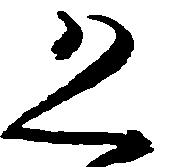
恐